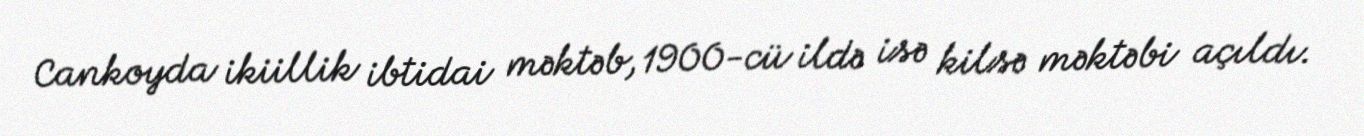
Cankoyda ikiillik ibtidai məktəb, 1900-cü ildə isə kilsə məktəbi açıldı.